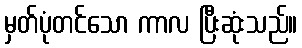
မှတ်ပုံတင်သော ကာလ ပြီးဆုံးသည်။